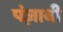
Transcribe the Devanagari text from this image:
पंज़ाबी